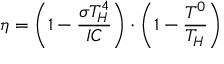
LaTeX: \eta = \left( 1 - { \frac { \sigma T _ { H } ^ { 4 } } { I C } } \right) \cdot \left( 1 - { \frac { T ^ { 0 } } { T _ { H } } } \right)